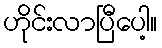
ဟိုင်းလာပြီပေါ့။